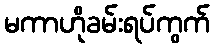
မကာဟိုခမ်းရပ်ကွက်